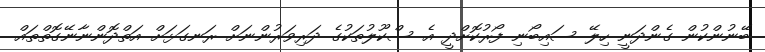
ބޭނުންކުން ގެންދަނީ ހިލޭ ސައިބޯނި ފޯރުކޮށްދީ އެ ސްކޫލުތަކުގެ ދަރިވަރުންނަށް ރަނގަޅަށް އަތްދޮންނާނޭގޮތްތައް